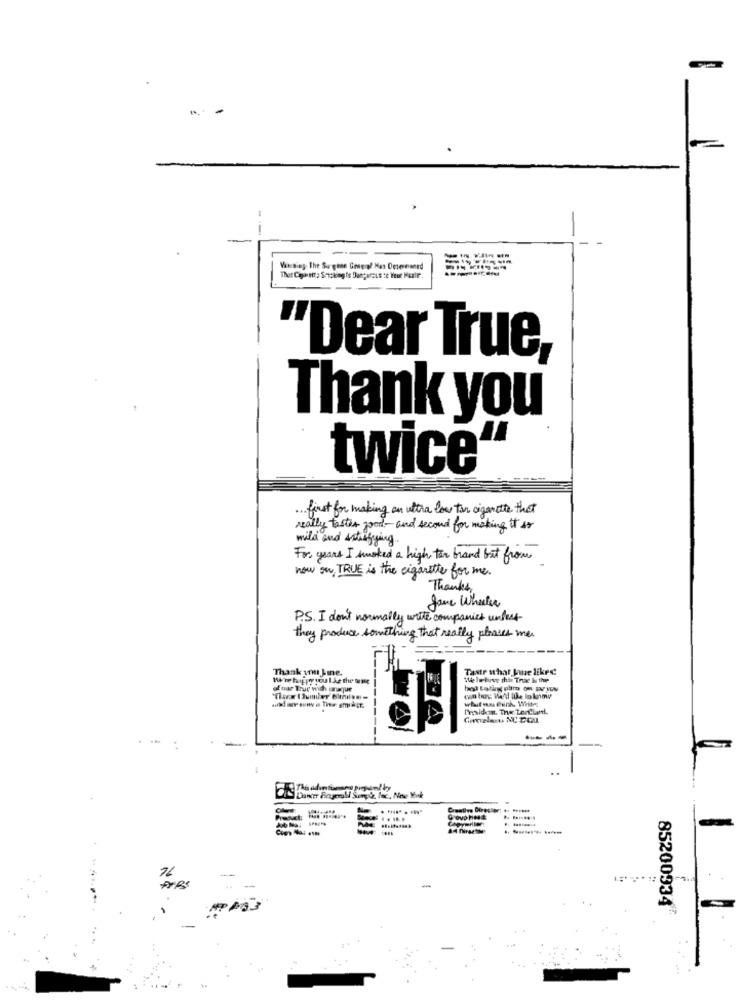
---
--
"Dear True,
Thank you
twice
... first for making an ultra low ton cigarette that
really tastes good- and second for making it is
mild and satisfying.
For years I smoked a high tor brand but from
now on TRUE is the cigarette for me.
Thanks
Jane Wheeler
P.S. I don't normally write companies undert
they produce something that really phases me.
Thank you Line.
Taste sthat Jue likes!
WWe're happy you 1.ke the tale
W lebirve this Trac Is the
of our True with unaque
-
85200934